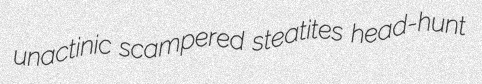
unactinic scampered steatites head-hunt